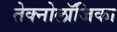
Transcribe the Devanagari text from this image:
तेक्नोलॉजिका